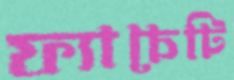
ফ্যাচেটি